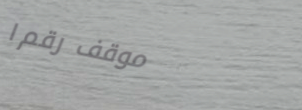
موقف رقم ١